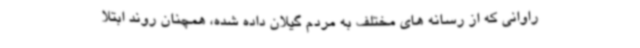
راوانی که از رسانه های مختلف به مردم گیلان داده شده، همچنان روند ابتلا